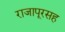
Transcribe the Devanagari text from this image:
राजापूरसह